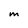
Character: M